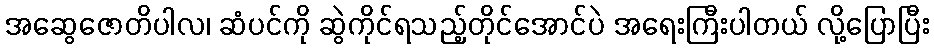
အဆွေဇောတိပါလ၊ ဆံပင်ကို ဆွဲကိုင်ရသည့်တိုင်အောင်ပဲ အရေးကြီးပါတယ် လို့ပြောပြီး